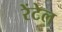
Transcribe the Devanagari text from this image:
रेंटेल